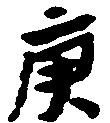
庚